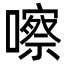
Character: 嚓